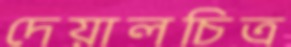
দেয়ালচিত্র